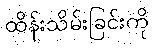
ထိန်းသိမ်းခြင်းကို